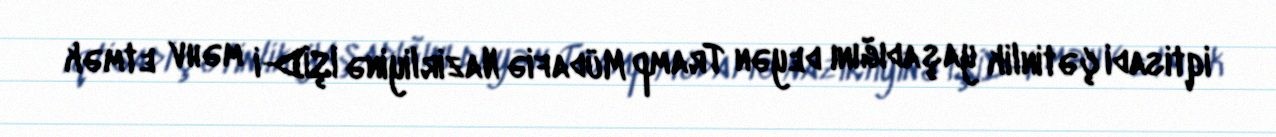
iqtisadi çətinlik yaşadığını deyən Tramp Müdafiə Nazirliyinə İŞİD-i məhv etmək